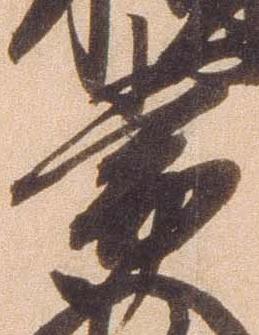
常